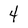
Character: 4